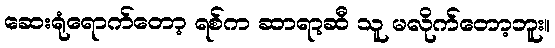
ဆေးရုံရောက်တော့ ရစ်က ဆာရာ့ဆီ သူ မလိုက်တော့ဘူး။